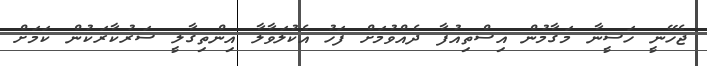
ޖެހޭނީ ހަސީނާ މަގާމުން އިސްތިއުފާ ދެއްވުމަށް ފަހު އެކުލަވާލާ އިންތިގާލީ ސަރުކާރަކުން ކަމަށް